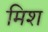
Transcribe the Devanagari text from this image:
मिश